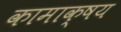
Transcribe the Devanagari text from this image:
कामाक्षय